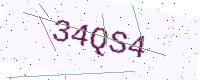
Text: 34QS4